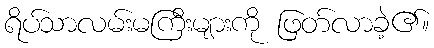
ရိပ်သာလမ်းမကြီးများကို ဖြတ်လာခဲ့၏။